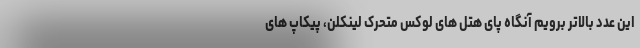
این عدد بالاتر برویم آنگاه پای هتل های لوکس متحرک لینکلن، پیکاپ های